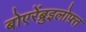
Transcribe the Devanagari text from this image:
बोएरेंब्रुइलोफ़्त